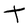
Character: t